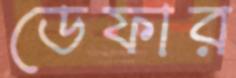
ডেফার